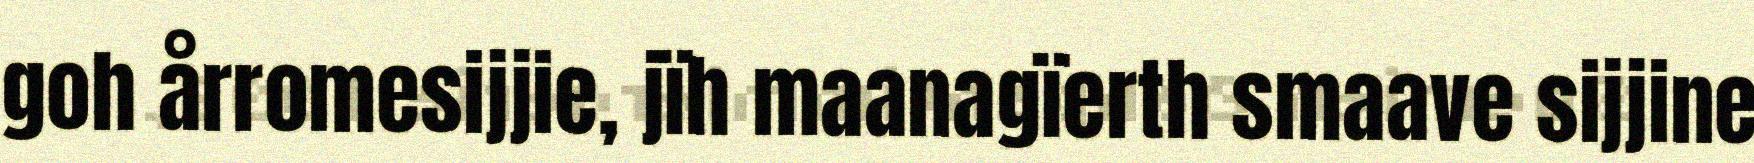
goh årromesijjie, jïh maanagïerth smaave sijjine